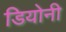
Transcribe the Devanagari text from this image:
डियोनी